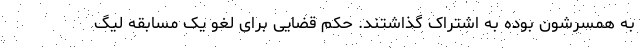
به همسرشون بوده به اشتراک گذاشتند. حکم قضایی برای لغو یک مسابقه لیگ